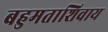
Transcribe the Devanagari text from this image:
बहुमताशिवाय